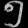
Digit: ၅